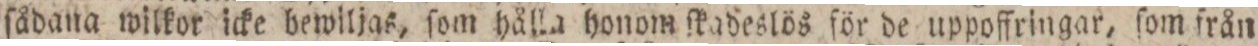
ſådana wilkor icke bewiljas, ſom hålla honom ſkadeslös för de uppoffringar, ſom från